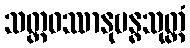
သတ္တဝဿာနုဗန္ဓသုတ္တံ